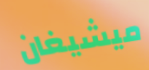
ميشيغان